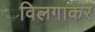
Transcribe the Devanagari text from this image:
विलगाकर